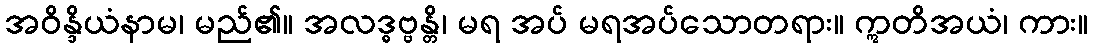
အဝိန္ဒိယံနာမ၊ မည်၏။ အလဒ္ဓဗ္ဗန္တိ၊ မရ အပ် မရအပ်သောတရား။ ဣတိအယံ၊ ကား။